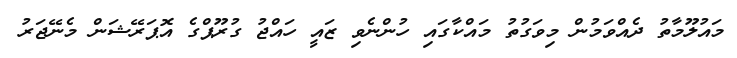
މައުލޫމާތު ދެއްވަމުން މިވަގުތު މައްކާގައި ހުންނެވި ޒައީ ހައްޖު ގުރޫޕްގެ އޮޕަރޭޝަން މެނޭޖަރު